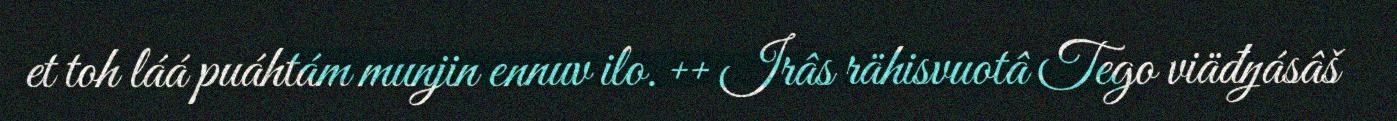
et toh láá puáhtám munjin ennuv ilo. ++ Irâs rähisvuotâ Tego viäđŋásâš